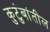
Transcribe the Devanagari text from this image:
कुटुंबांतील